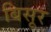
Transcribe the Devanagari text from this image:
बिसूर